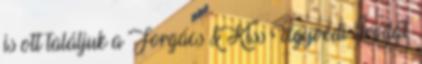
is ott találjuk a Forgács & Kiss Ügyvédi Irodát.